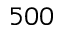
5 0 0